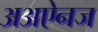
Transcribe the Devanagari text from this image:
अअऐनज